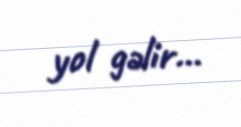
yol gəlir...